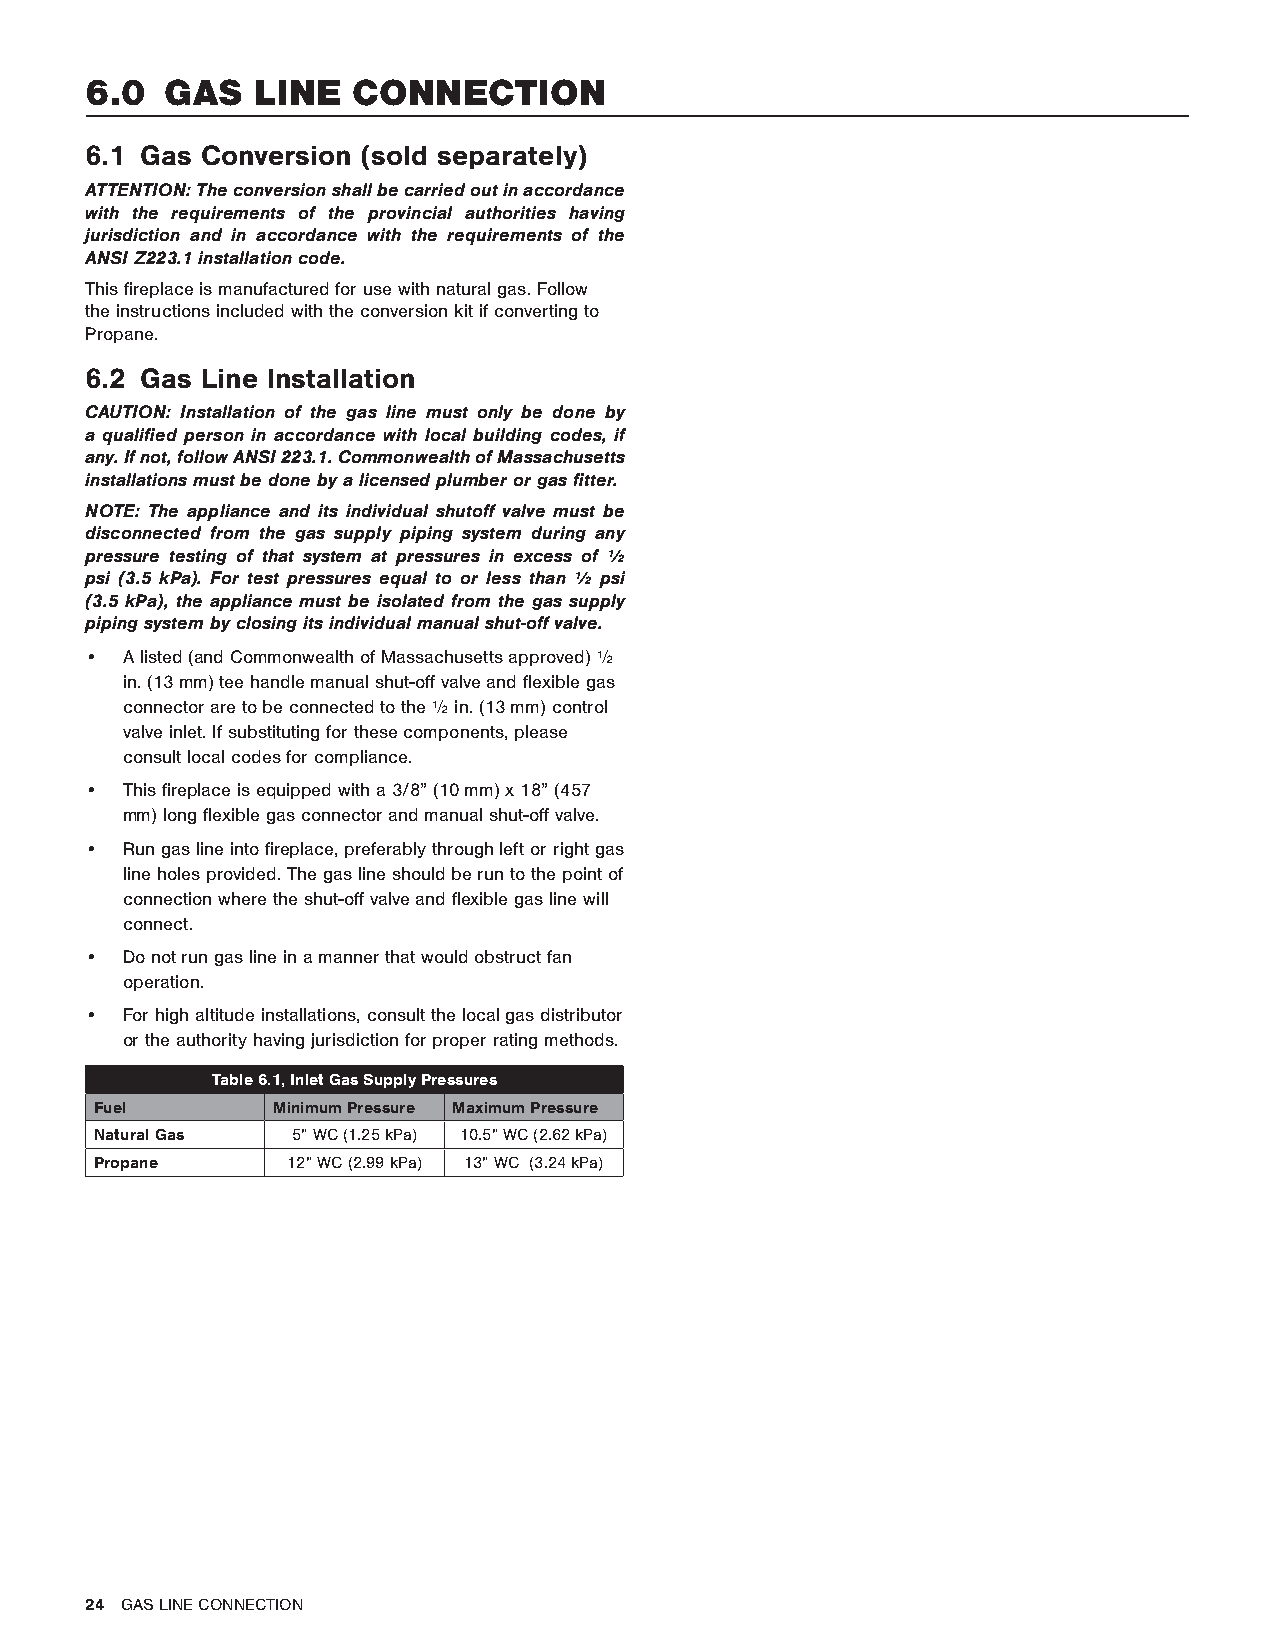
6.0  GAS   LINE  CONNECTION
 6.1 Gas Conversion (sold separately)
 ATTENTION: The conversion shall be carried out in accordance
 with the requirements of the provincial authorities having
 jurisdiction and in accordance with the requirements of the
 ANSI Z223.1 installation code.
 This fireplace is manufactured for use with natural gas. Follow
 the instructions included with the conversion kit if converting to
 Propane.
 6.2 Gas Line Installation
 CAUTION: Installation of the gas line must only be done by
 a qualified person in accordance with local building codes, if
 any. If not, follow ANSI 223.1. Commonwealth of Massachusetts
 installations must be done by a licensed plumber or gas fitter.
 NOTE: The appliance and its individual shutoff valve must be
 disconnected from the gas supply piping system during any
 pressure testing of that system at pressures in excess of ½
 psi (3.5 kPa). For test pressures equal to or less than ½ psi
 (3.5 kPa), the appliance must be isolated from the gas supply
 piping system by closing its individual manual shut-off valve.
 • A listed (and Commonwealth of Massachusetts approved) ½
 in. (13 mm) tee handle manual shut-off valve and flexible gas
 connector are to be connected to the ½ in. (13 mm) control
 valve inlet. If substituting for these components, please
 consult local codes for compliance.
 • This fireplace is equipped with a 3/8” (10 mm) x 18” (457
 mm) long flexible gas connector and manual shut-off valve.
 • Run gas line into fireplace, preferably through left or right gas
 line holes provided. The gas line should be run to the point of
 connection where the shut-off valve and flexible gas line will
 connect.
 • Do not run gas line in a manner that would obstruct fan
 operation.
 • For high altitude installations, consult the local gas distributor
 or the authority having jurisdiction for proper rating methods.
 Table 6.1, Inlet Gas Supply Pressures
 Fuel        Minimum Pressure Maximum Pressure
 Natural Gas  5” WC (1.25 kPa) 10.5” WC (2.62 kPa)
 Propane      12” WC (2.99 kPa) 13” WC (3.24 kPa)
 24 GAS LINE CONNECTION